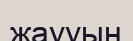
жаууын